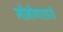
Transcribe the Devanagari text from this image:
मोनोगातारी